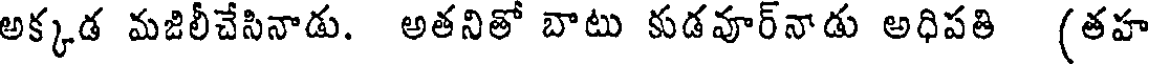
అక్కడ మజిలీచేసినాడు. అతనితో బాటు కుడవూర్నాడు అధిపతి (తహ